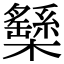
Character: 𣟾